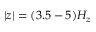
| z | = ( 3 . 5 - 5 ) H _ { z }